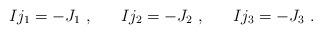
LaTeX: \begin{align*} Ij_1 = - J_1 ~, ~~~~~ Ij_2 = - J_2 ~, ~~~~~ Ij_3 = - J_3 ~.\end{align*}